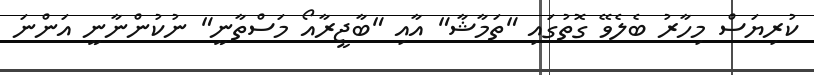
ކުރިޔަސް މިހާރު ބެލެވޭ ގޮތުގައި "ތަމާޝާ" އާއި "ބާޖީރާއޯ މަސްތާނީ" ނުކުންނާނީ އަންނަ